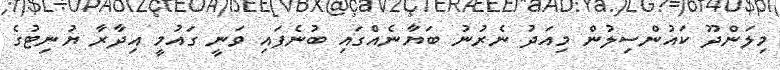
މިލަންދޫ ކައުންސިލުން މިއަދު ނެރުނު ބަޔާނެއްގައި ބުނެފައި ވަނީ ގައުމީ އިދާރާ ޔުނިޓުގެ